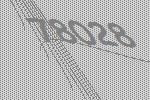
78028